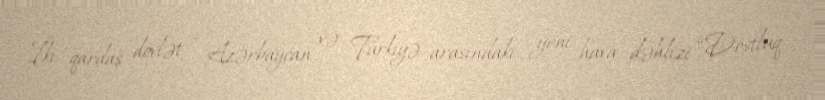
İki qardaş dövlət – Azərbaycan və Türkiyə arasındakı yeni hava dəhlizi “Dostluq